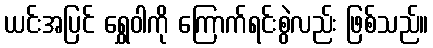
ယင်းအပြင် ရွှေဝါကို ကြောက်ရင်းစွဲလည်း ဖြစ်သည်။